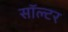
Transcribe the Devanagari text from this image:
सॉल्टर